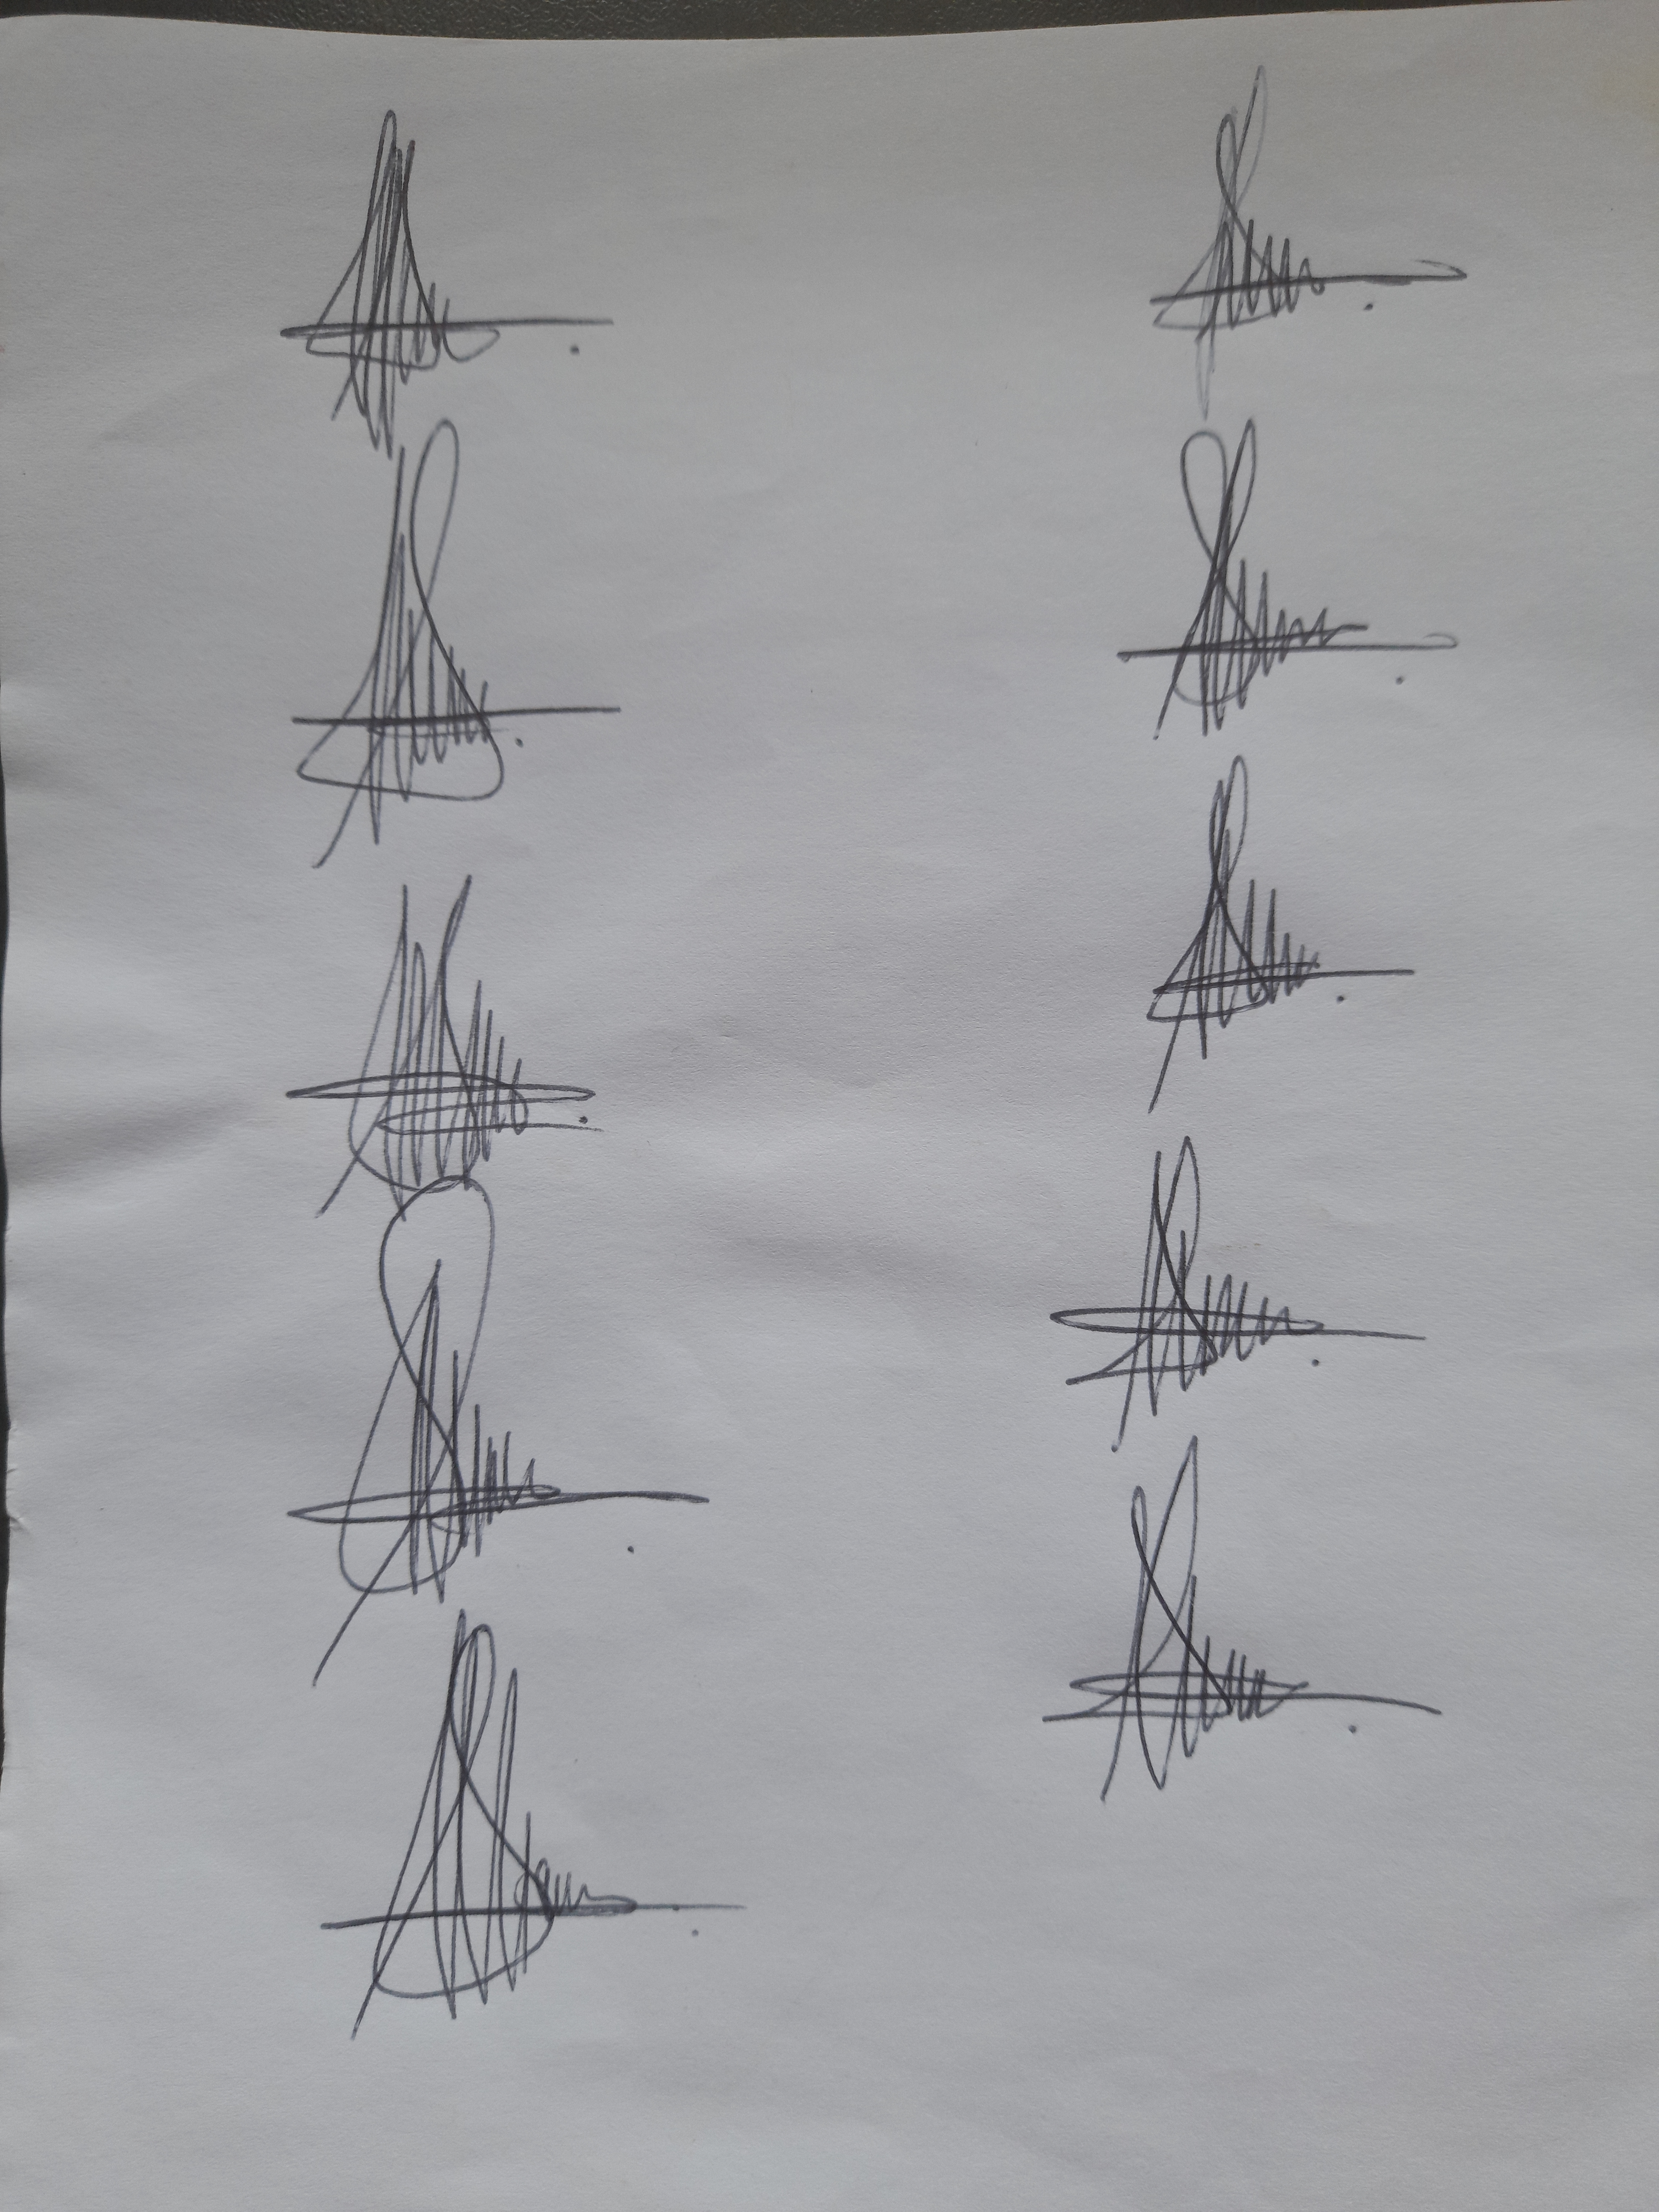
Signature authenticity: genuine